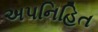
અપનિહિત